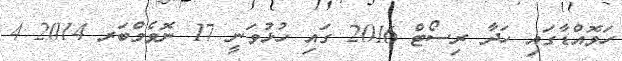
ހަވޮއްޑާގައި ހަދާ ރިސޯޓް 2016 ގައި ހުޅުވަނީ 17 ނޮވެމްބަރ 2014 4